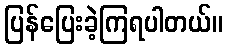
ပြန်ပြေးခဲ့ကြရပါတယ်။